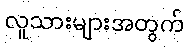
လူသားများအတွက်